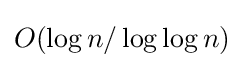
O(\log n/\log \log n)